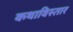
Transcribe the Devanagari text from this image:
कथाविस्तार